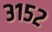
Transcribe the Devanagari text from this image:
३१५२